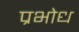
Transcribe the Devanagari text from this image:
प्रभोध